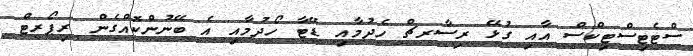
ސްޓެޓިސްޓިކްސް އާއި ގުޅޭ ރިސާރޗް ހެދުމާއި ޑޭޓާ ހޯދުމާއި އެ ބޭނުންކޮއްގެން ރިޕޯރޓް